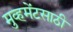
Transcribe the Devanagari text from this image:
मुव्हमेंटसाठी